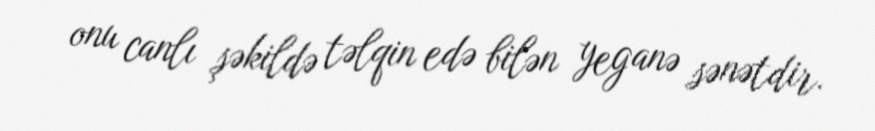
onu canlı şəkildə təlqin edə bilən yeganə sənətdir.